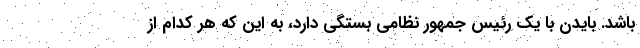
باشد. بایدن با یک رئیس جمهور نظامی بستگی دارد، به این که هر کدام از